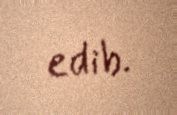
edib.